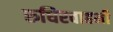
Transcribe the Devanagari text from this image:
रुधिरवाहनी